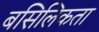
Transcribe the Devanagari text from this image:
बसिलिकता